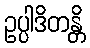
ဥပ္ပါဒိတန္တိ